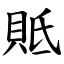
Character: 貾